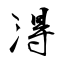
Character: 淂